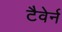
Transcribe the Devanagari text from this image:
टैवेर्न